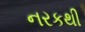
નરકથી